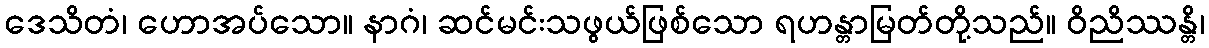
ဒေသိတံ၊ ဟောအပ်သော။ နာဂံ၊ ဆင်မင်းသဖွယ်ဖြစ်သော ရဟန္တာမြတ်တို့သည်။ ဝိညိဿန္တိ၊